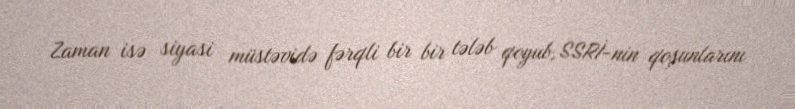
Zaman isə siyasi müstəvidə fərqli bir bir tələb qoyub, SSRİ-nin qoşunlarını